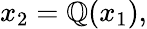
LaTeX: x_{2}=\mathbb{Q}(x_{1}),